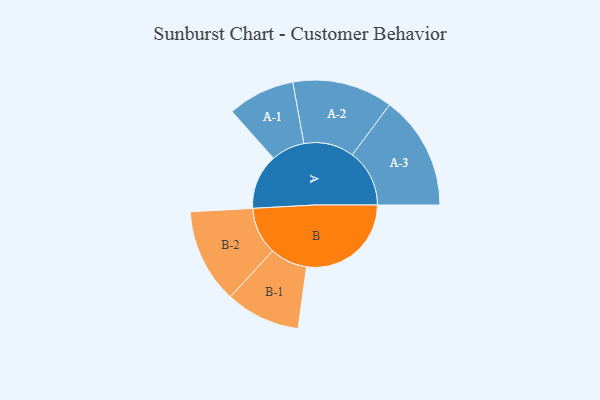
{"axis": {"x": "Segment", "y": "Value"}, "legend": ["", "A", "B"], "data": [{"x": "A", "y": 248, "type": ""}, {"x": "B", "y": 471, "type": ""}, {"x": "A-1", "y": 151, "type": "A"}, {"x": "A-2", "y": 226, "type": "A"}, {"x": "A-3", "y": 257, "type": "A"}, {"x": "B-1", "y": 168, "type": "B"}, {"x": "B-2", "y": 213, "type": "B"}]}